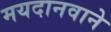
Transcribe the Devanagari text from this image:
मयदानवाने